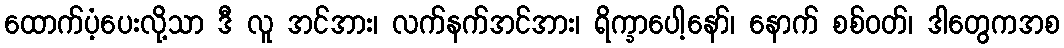
ထောက်ပံ့ပေးလို့သာ ဒီ လူ အင်အား၊ လက်နက်အင်အား၊ ရိက္ခာပေါ့နော်၊ နောက် စစ်ဝတ်၊ ဒါတွေကအစ